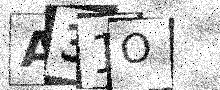
Text: A31O